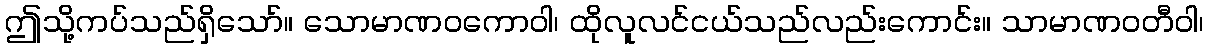
ဤသို့ကပ်သည်ရှိသော်။ သောမာဏဝကောဝါ၊ ထိုလူလင်ငယ်သည်လည်းကောင်း။ သာမာဏဝတီဝါ၊